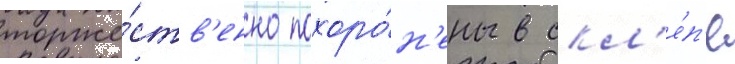
торже́ств'енно похоро́н'ены в скл'е́п'е